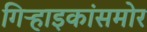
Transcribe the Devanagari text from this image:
गिऱ्हाइकांसमोर